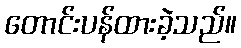
တောင်းပန်ထားခဲ့သည်။